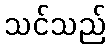
သင်သည်